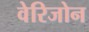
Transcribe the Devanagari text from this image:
वेरिजोन